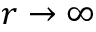
r \rightarrow \infty